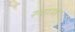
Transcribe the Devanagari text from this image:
रमाण